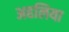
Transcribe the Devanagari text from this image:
अहलिया